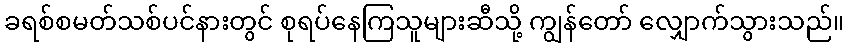
ခရစ်စမတ်သစ်ပင်နားတွင် စုရပ်နေကြသူများဆီသို့ ကျွန်တော် လျှောက်သွားသည်။